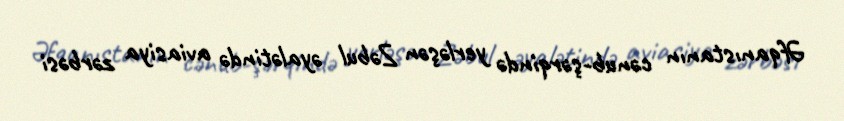
Əfqanıstanın cənub-şərqində yerləşən Zəbul əyalətində aviasiya zərbəsi